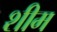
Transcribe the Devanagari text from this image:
शीम